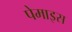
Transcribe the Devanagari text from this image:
पेमाइस